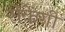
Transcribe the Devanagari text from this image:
रोकेंगी